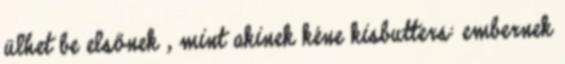
ülhet be elsőnek , mint akinek kéne kisbutters: embernek